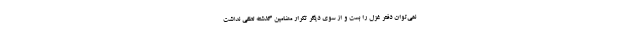
نمی‌توان دفتر غزل را بست و از سوی دیگر تکرار مضامین گذشته لطفی نداشت